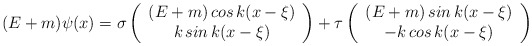
\begin{align*}(E+m)\psi (x)=\sigma \left( \begin{array}{c}(E+m)\,cos\,k(x-\xi ) \\ k\,sin\,k(x-\xi )\end{array}\right) +\tau \left( \begin{array}{c}(E+m)\,sin\,k(x-\xi ) \\ -k\,cos\,k(x-\xi )\end{array}\right)\end{align*}